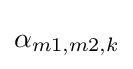
\alpha _{m1,m2,k}